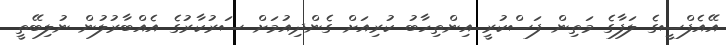
އޭއެފްސީގެ ލަފާގެ މަތިން ފަސްކުރީ އިންތިހާބު ކުރިއަށް ގެންދިއުމަށް ސަރުކާރުގެ އެއްބާރުލުން ނުލިބޭތީ